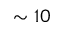
\sim 1 0